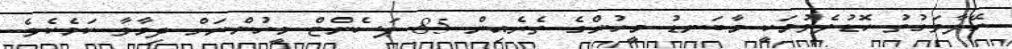
ހޭލާވަގުތު ހޮޑުލެވުމަކީ މާބަނޑު މީހުންގެ ތެރެއިން 85 ޕަސެންޓް މީހުންނަށް ދިމާވާ ކަމެކެވެ.